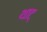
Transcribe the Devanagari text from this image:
थाट्